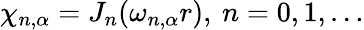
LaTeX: \chi_{n,\alpha}=J_{n}(\omega_{n,\alpha}r),\: n=0,1,\ldots